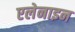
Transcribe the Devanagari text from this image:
एलेनाइन